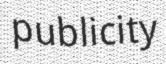
publicity